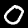
Label: 0